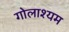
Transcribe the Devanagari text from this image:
गोलाश्यम